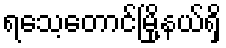
ရသေ့တောင်မြို့နယ်ရှိ